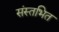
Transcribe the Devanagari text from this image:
संस्तभित